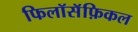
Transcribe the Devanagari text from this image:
फिलॉसॅफ़िकल